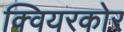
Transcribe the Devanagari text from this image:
क्वियरकोर